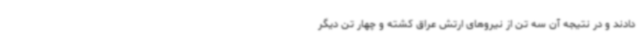
دادند و در نتیجه آن سه تن از نیروهای ارتش عراق کشته و چهار تن دیگر